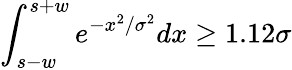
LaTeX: \displaystyle\int_{s-w}^{s+w}e^{-x^{2}/\sigma^{2}}dx\ge 1.12\sigma